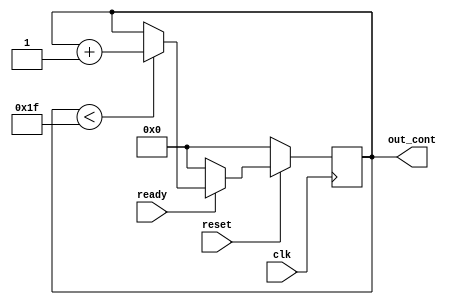
//=========================================================CONTADOR=====================================================================

// out_logic_final[0]

`ifndef couter
`define couter
module couter (
    input clk,
    input reset,
    input ready,

    output reg[4:0] out_cont
);

always @ (posedge clk) begin
    if (reset == 1) begin
    	if (ready == 1) begin
    		if (out_cont < 31) begin
    			out_cont <= out_cont + 1;
    		end
    		else begin
    			if (out_cont >= 31) begin
    				out_cont <= out_cont;
    			end
    		end
    	end
    	else begin
    		out_cont <= 0;
    	end
    end
    else begin
    	out_cont <= 0;
    end
end
endmodule
`endif

//========================================================VECTOR W2====================================================================

`ifndef vec_w1
`define vec_w1
module vec_w1(

input reset,

    input[7:0] array_numbers0,
    input[7:0] array_numbers1,
    input[7:0] array_numbers2,
    input[7:0] array_numbers3,
    input[7:0] array_numbers4,
    input[7:0] array_numbers5,
    input[7:0] array_numbers6,
    input[7:0] array_numbers7,
    input[7:0] array_numbers8,
    input[7:0] array_numbers9,
    input[7:0] array_numbers10,
    input[7:0] array_numbers11,
    input[7:0] array_numbers12,
    input[7:0] array_numbers13,
    input[7:0] array_numbers14,
    input[7:0] array_numbers15,
     
    input[127:0] out_mem_w2,

    output reg[127:0] out_W2
);
always @ (*) begin
    if (reset == 1) begin
    	//if(cont <= 15) begin
    		out_W2[7:0] = array_numbers13 | array_numbers7 ^ array_numbers2; //16
    		out_W2[15:8] = array_numbers14 | array_numbers8 ^ array_numbers3; //17
    		out_W2[23:16] = array_numbers15 | array_numbers9 ^ array_numbers4; //18
   		out_W2[31:24] = out_mem_w2[7:0] | array_numbers10 ^ array_numbers5; //19
   		out_W2[39:32] = out_mem_w2[15:8] | array_numbers11 ^ array_numbers6; //20
    		out_W2[47:40] = out_mem_w2[23:16] | array_numbers12 ^ array_numbers7; //21
    		out_W2[55:48] = out_mem_w2[31:24] | array_numbers13 ^ array_numbers8; //22
    		out_W2[63:56] = out_mem_w2[39:32] | array_numbers14 ^ array_numbers9; //23
    		out_W2[71:64] = out_mem_w2[47:40] | array_numbers15 ^ array_numbers10; //24
    		out_W2[79:72] = out_mem_w2[55:48] | out_mem_w2[7:0] ^ array_numbers11; //25
    		out_W2[87:80] = out_mem_w2[63:56] | out_mem_w2[15:8] ^ array_numbers12; //26
    		out_W2[95:88] = out_mem_w2[71:64] | out_mem_w2[23:16] ^ array_numbers13; //27
    		out_W2[103:96] = out_mem_w2[89:72] | out_mem_w2[31:24] ^ array_numbers13; //28
    		out_W2[111:104] = out_mem_w2[97:90] | out_mem_w2[39:32] ^ array_numbers14; //29
    		out_W2[119:112] = out_mem_w2[105:98] | out_mem_w2[47:40] ^ array_numbers15; //30
    		out_W2[127:120] = out_mem_w2[113:106] | out_mem_w2[55:48] ^ out_mem_w2[7:0]; //31
    	//end
    	//else
    		//out_W2 = 0; 
    end
    else
    	out_W2 = 0;
end
endmodule
`endif

//======================================================MEMORIA========================================================================
`ifndef vec_w2
`define vec_w2

module vec_w2 (
    input clk,
    input reset,
    input ready,

    input[127:0] array_w2,
    
    output reg[127:0] out_vec_w2
);

    
always @ (posedge clk) begin
    if (reset == 1) begin
    	if (ready == 1) begin
    		out_vec_w2 <= array_w2;
    	end
    	else
    		out_vec_w2 <= 0;
    		
    end
    else 
    	out_vec_w2 <= 0;
end
endmodule
 
`endif

//======================================================MUX========================================================================
`ifndef mux
`define mux

module mux (
    input clk,
    input ready,

    input[23:0] imput_abc,
    
    output reg[23:0] out_abc
);

    
parameter H0 = 8'b00000001;
parameter H1 = 8'b10001001;
parameter H2 = 8'b11111110;

always @ (*) begin
    if (ready == 1) begin
  	out_abc = imput_abc;
    end
    else begin
    	out_abc[7:0] <= H0;
    	out_abc[15:8] <= H1;
    	out_abc[23:16] <= H2;
    end
end
endmodule
 
`endif


//======================================================MEM_ABC========================================================================
`ifndef mem_abc
`define mem_abc

module mem_abc (
    input clk,

    input[23:0] imput_abc_mem,
    
    output reg[23:0] out_abc_mem
);

always @ (posedge clk) begin
  	out_abc_mem <= imput_abc_mem;
end
endmodule
 
`endif



//======================================================LOGICA_ABC======================================================================
`ifndef logic_abc
`define logic_abc

module logic_abc (
    input clk,
    input [4:0]counter,

    input[23:0] imput_abc_logic,
   
    input[7:0] array_numbers0,
    input[7:0] array_numbers1,
    input[7:0] array_numbers2,
    input[7:0] array_numbers3,
    input[7:0] array_numbers4,
    input[7:0] array_numbers5,
    input[7:0] array_numbers6,
    input[7:0] array_numbers7,
    input[7:0] array_numbers8,
    input[7:0] array_numbers9,
    input[7:0] array_numbers10,
    input[7:0] array_numbers11,
    input[7:0] array_numbers12,
    input[7:0] array_numbers13,
    input[7:0] array_numbers14,
    input[7:0] array_numbers15,
   
    input[127:0] imput_W2_logic,
    
    
    output reg[23:0] out_logic_final
);

reg [7:0]a;
reg [15:8]b;
reg [23:16]c;

parameter k1 = 8'b10011001;
parameter k2 = 8'b10100001;

always @ (*) begin

	a = imput_abc_logic[7:0];
	b = imput_abc_logic[15:8];
	c = imput_abc_logic[23:16];
end


always @ (posedge clk) begin
  	
	if (counter <= 15) begin 
  		out_logic_final[7:0] <= b ^ c;
  		out_logic_final[15:8] <= c << 4;
  		
  		if (counter == 0) out_logic_final[23:16] <= (a ^ b) + k1 + array_numbers0; //x = a ^ b;
  		if (counter == 1) out_logic_final[23:16] <= (a ^ b) + k1 + array_numbers1;
  		if (counter == 2) out_logic_final[23:16] <= (a ^ b) + k1 + array_numbers2;
  		if (counter == 3) out_logic_final[23:16] <= (a ^ b) + k1 + array_numbers3;
  		if (counter == 4) out_logic_final[23:16] <= (a ^ b) + k1 + array_numbers4;
  		if (counter == 5) out_logic_final[23:16] <= (a ^ b) + k1 + array_numbers5;
  		if (counter == 6) out_logic_final[23:16] <= (a ^ b) + k1 + array_numbers6;
  		if (counter == 7) out_logic_final[23:16] <= (a ^ b) + k1 + array_numbers7;
  		if (counter == 8) out_logic_final[23:16] <= (a ^ b) + k1 + array_numbers8;
  		if (counter == 9) out_logic_final[23:16] <= (a ^ b) + k1 + array_numbers9;
  		if (counter == 10) out_logic_final[23:16] <= (a ^ b) + k1 + array_numbers10;
  		if (counter == 11) out_logic_final[23:16] <= (a ^ b) + k1 + array_numbers11;
  		if (counter == 12) out_logic_final[23:16] <= (a ^ b) + k1 + array_numbers12;
  		if (counter == 13) out_logic_final[23:16] <= (a ^ b) + k1 + array_numbers13;
  		if (counter == 14) out_logic_final[23:16] <= (a ^ b) + k1 + array_numbers14;
  		if (counter == 15) out_logic_final[23:16] <= (a ^ b) + k1 + array_numbers15;	
  	end
  	else begin
  	
  		if (counter == 16) begin
  			out_logic_final[7:0] = b ^ c;
  			out_logic_final[15:8] = c << 4;
  			out_logic_final[23:16] = (a ^ b) + k1 + imput_W2_logic[7:0]; //x = a ^ b;
  			
  		end
  		else begin 
  			if ((counter >= 17) & (counter <= 31)) begin
  				out_logic_final[7:0] <= b ^ c;
  				out_logic_final[15:8] <= c << 4;
  			if (counter == 17) out_logic_final[23:16] <= (a | b) + k2 + imput_W2_logic[15:8];
  			if (counter == 18) out_logic_final[23:16] <= (a | b) + k2 + imput_W2_logic[23:16];
  			if (counter == 19) out_logic_final[23:16] <= (a | b) + k2 + imput_W2_logic[31:24];
  			if (counter == 20) out_logic_final[23:16] <= (a | b) + k2 + imput_W2_logic[39:32];
  			if (counter == 21) out_logic_final[23:16] <= (a | b) + k2 + imput_W2_logic[47:40];
  			if (counter == 22) out_logic_final[23:16] <= (a | b) + k2 + imput_W2_logic[55:48];
  			if (counter == 23) out_logic_final[23:16] <= (a | b) + k2 + imput_W2_logic[63:56];
  			if (counter == 24) out_logic_final[23:16] <= (a | b) + k2 + imput_W2_logic[71:64];
  			if (counter == 25) out_logic_final[23:16] <= (a | b) + k2 + imput_W2_logic[79:72];
  			if (counter == 26) out_logic_final[23:16] <= (a | b) + k2 + imput_W2_logic[87:80];
  			if (counter == 27) out_logic_final[23:16] <= (a | b) + k2 + imput_W2_logic[95:88];
  			if (counter == 28) out_logic_final[23:16] <= (a | b) + k2 + imput_W2_logic[103:96];
  			if (counter == 29) out_logic_final[23:16] <= (a | b) + k2 + imput_W2_logic[111:104];
  			if (counter == 30) out_logic_final[23:16] <= (a | b) + k2 + imput_W2_logic[119:112];
  			if (counter == 31) out_logic_final[23:16] <= (a | b) + k2 + imput_W2_logic[127:120];
  			end
  			else begin
  				out_logic_final[7:0] <= out_logic_final[7:0];
  				out_logic_final[15:8] <= out_logic_final[15:8];
  				out_logic_final[23:16] <= out_logic_final[23:16] ;
  			end
  		end
  	end
end
endmodule
 
`endif



//======================================================Suma_final=====================================================================
`ifndef final_sum
`define final_sum

module final_sum (
	
	input clk,
	input reset,
    input [4:0] counter,
    input [23:0] out_logic_final,
    
    output reg[7:0] out_hash0,
    output reg[7:0] out_hash1,
    output reg[7:0] out_hash2
);

parameter H0 = 8'b00000001;
parameter H1 = 8'b10001001;
parameter H2 = 8'b11111110;

reg flag;

always @ (posedge clk) begin

	if (reset == 0) begin
		out_hash0 <= 0;
  		out_hash1 <= 0;
  		out_hash2 <= 0;
  		flag <= 1;
	end
	else begin
		if (counter == 31 & flag) begin
  			out_hash0 <= out_logic_final[7:0]+H0;
  			out_hash1 <= out_logic_final[15:8]+H1;
  			out_hash2 <= out_logic_final[23:16]+H2;
  			flag <= 0;
  		end
  		else begin
  			if (counter < 31 ) begin
  				flag <= 1;
  				out_hash0 <= 0;
  				out_hash1 <= 0;
 				out_hash2 <= 0;
 			end
 			else begin
 				flag <= 0;
  				out_hash0 <= out_hash0;
  				out_hash1 <= out_hash1;
 				out_hash2 <= out_hash2;
 			end	
  		end
  	end
end
endmodule
 
`endif